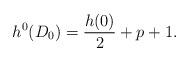
LaTeX: \begin{align*}h^0(D_0)= \frac{h(0)}{2}+p+1.\end{align*}